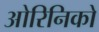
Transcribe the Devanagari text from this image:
ओरिनिको